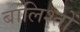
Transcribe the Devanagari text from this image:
बालिश्तों